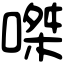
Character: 𠹳